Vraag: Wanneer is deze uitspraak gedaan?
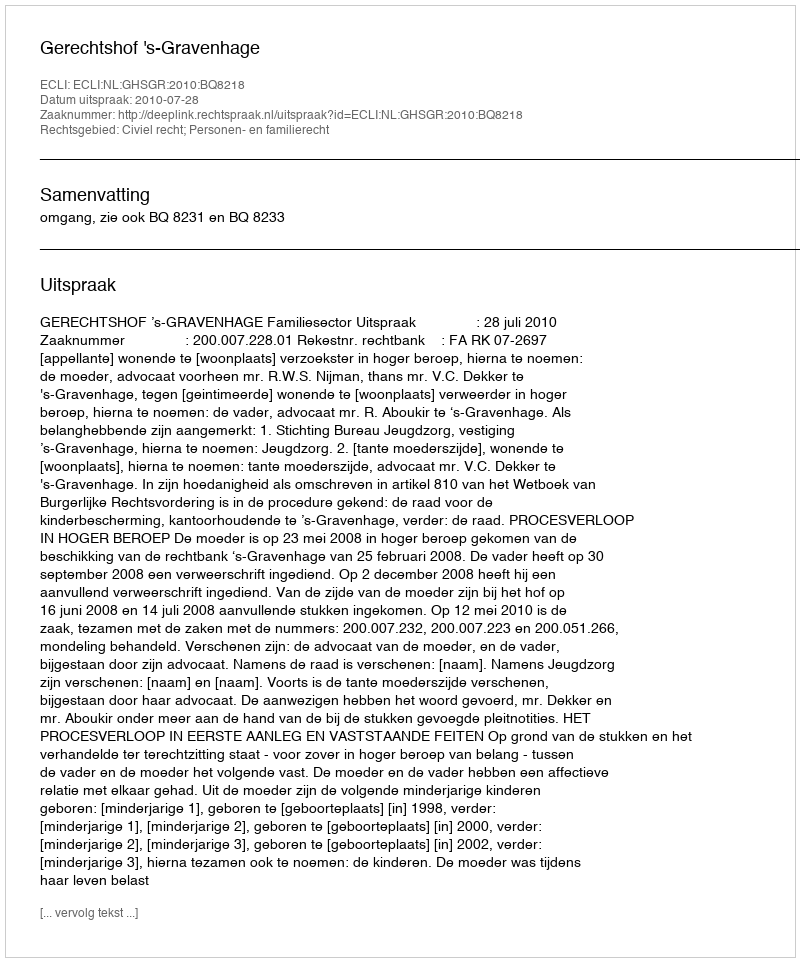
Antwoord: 2010-07-28